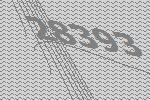
28393